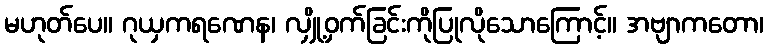
မဟုတ်ပေ။ ဂုယှကရဏေန၊ လျှို့ဝှက်ခြင်းကိုပြုလိုသောကြောင့်။ အဗျာကတော၊